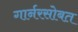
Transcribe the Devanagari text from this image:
गार्नरसोबत